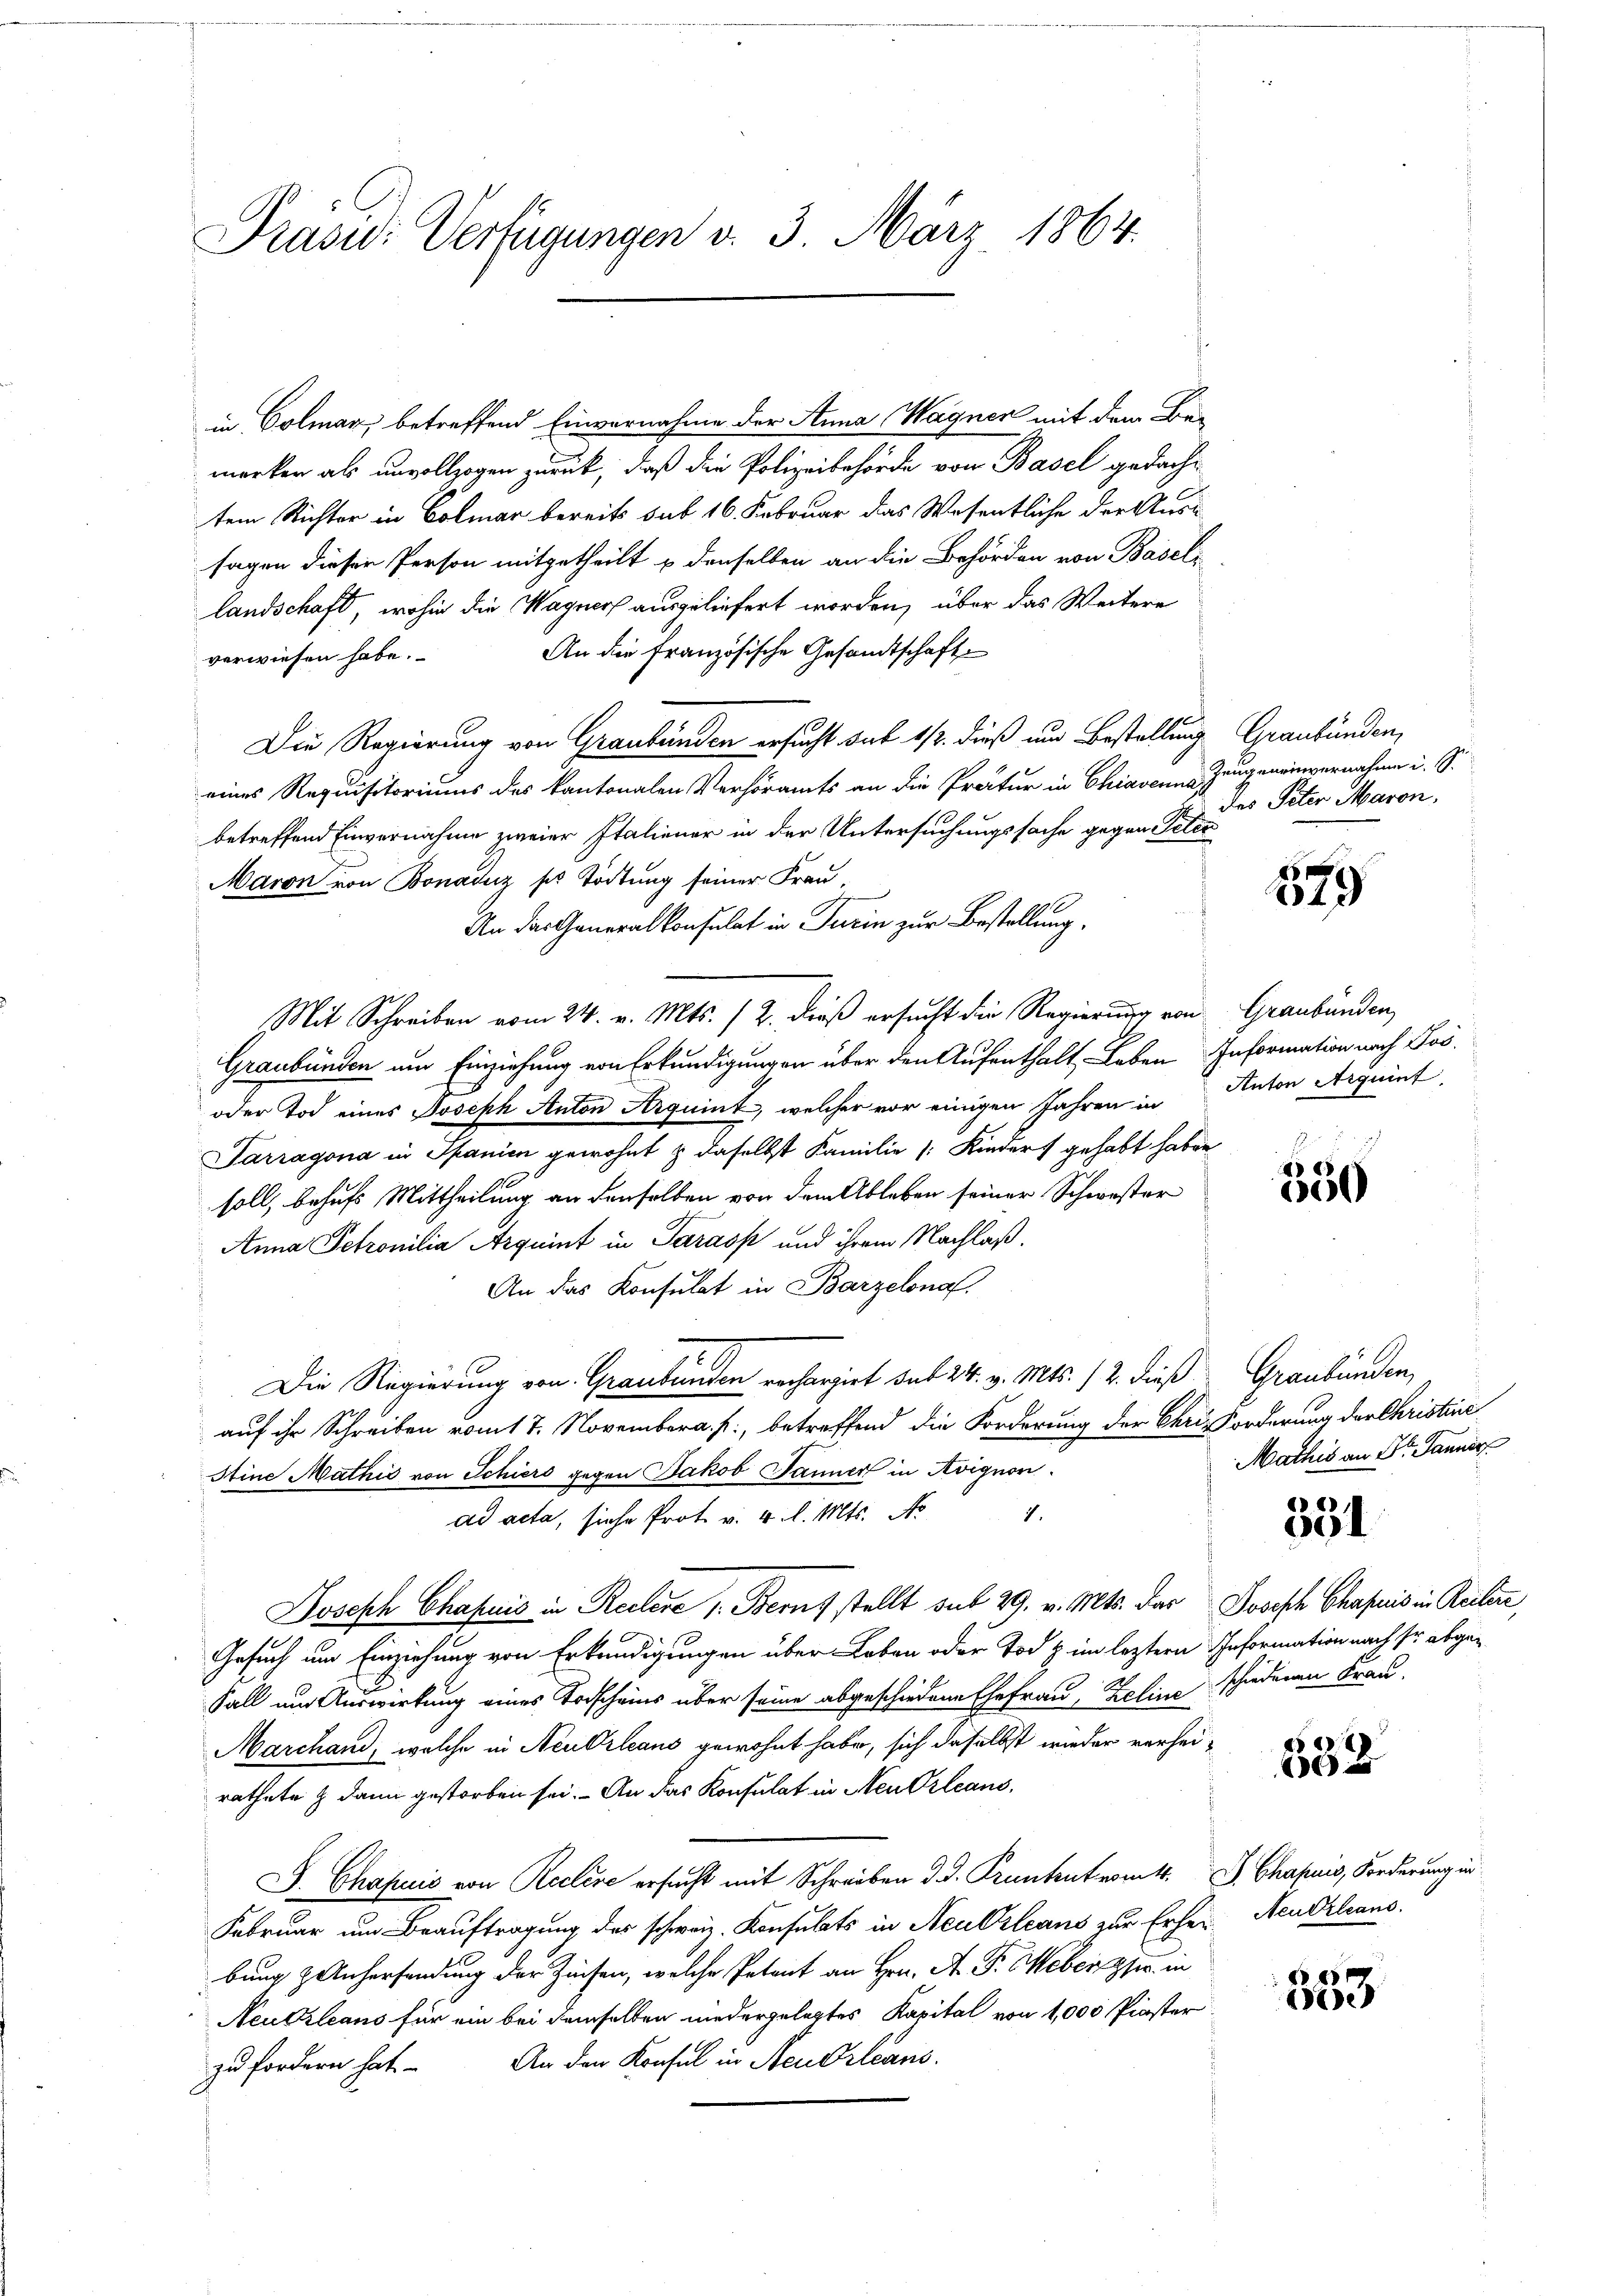
Präsidi Verfügungen d. 3. März 1864.

in Colmar, betreffend Einvernahme der Anna Wagner mit dem Bemerken als unvollzogen zurück, daß die Polizeibehörde von Basel gedacht
tem Richter in Colmar bereits sub 16. Februar das Wesentliche der Aussagen diesen Person mitgetheilt u denselben an die Behörden von Basel-
landschaft, wohin die Wagners ausgeliefert worden, über das Weitere
An die Französische Gesandtschaft
verwiesen habe.
Die Regierung von Graubünden ersucht sub 1/2. dieß um Bestellung Graubünden,
eines Requisitoriums des kantonalen Verhöramts an die Pratur in Chiaven Zeugen einvernahme i. S.
betreffend Einvernahme zweier Italiener in der Untersuchungssache gegen Peter
Maron von Bonaduz ses Tödtung seiner Frau,
An das Generalkonsulat in Turin zur Bestellung.
Mit Schreiben vom 24. v. Mts. 12. dieß ersucht die Regierung von Graubünden,
Graubünden um Einziehung von Erkundigungen über den Aufenthalt Leben Information nach Jos.
oder Tod eines Joseph Anton Arquint, welcher vor einigen Jahren in Anton Arquint
Sarragona in Spanien gewohnt & daselbst Familie (Kinders gehabt haben
soll, behufs Mittheilung an denselben von dem Ableben seiner Schwester
Anna Petronilia Arquint in Parasp und ihrem Nachlaß,
An das Konsulat in Barzelona.
Die Regierung von Graubünden rechargirt dit 24. v. Mts. 12. dieß Graubünden,
auf ihr Schreiben vom 17. November a. f., betreffend die Forderung der Chrisforderung der Christine
Stine Mathić von Schiers gegen Jakob Jänner in Avignon
4.
ad acta, siche Prot. v. 4. l. Mts. No
Joseph Chapuis in Reclere v. Berufstellt sub 29. v. Mts. das Joseph Chapuis in Rechere,
Gesuch um Einziehung von Erkundigungen über Leben oder Tod & im leztern Information nach Er abge¬
Fall um Auswirkung eines Todscheins über seine abgeschiedene Ehefrau, Zeline schiedenen Frau-
Marchand, welche in Neukrleans gewohnt habe, sich daselbst wieder verheirathete & dann gestorben sei. An das Konsulat in Neu Orleans
J. Chapčić von Reclise ersucht mit Schreiben d. d. Pruntentrom. Chapuis, Forderung in
Februar um Beauftragung des schweiz. Konsulats in Neukrleans zur Erher Neudrleans
bung zeichersendung der Zinsen, welche Petent an Hrn. A. F. Weberg in
Neukzleans für ein bei demselben niedergelegtes Kapital von 4,000 Paster
An den Konfel in Neu Orleans
zu fordern hat.

des Peter Maron.

579

0

Mathis an der Tanner

66)
0

6
e

8
iie